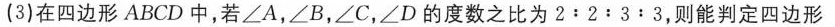
(3)在四边形ABCD中，若∠A，∠B，∠C，∠D的度数之比为2:2:3:3，则能判定四边形